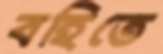
বহিতে